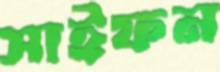
সাইফন